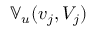
\mathbb { V } _ { u } ( v _ { j } , V _ { j } )